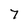
Character: 7